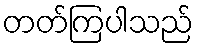
တတ်ကြပါသည်